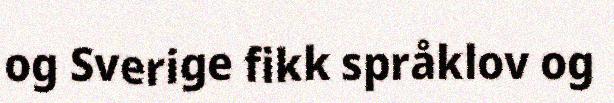
og Sverige fikk språklov og